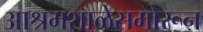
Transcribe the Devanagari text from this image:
आश्रमशाळेसमोरून